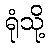
ရုံသို့